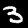
Label: 3